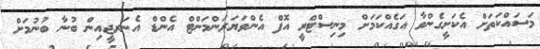
މަސައްކަތަށް އެކަށީގެންވާ އަގެއްކަމަށް މިނިސްޓްރީ އޮފް އެންވަޔަރަންމަންޓް އެންޑް އެނަރޖީއިން ބުނާ ބުނުމަށް